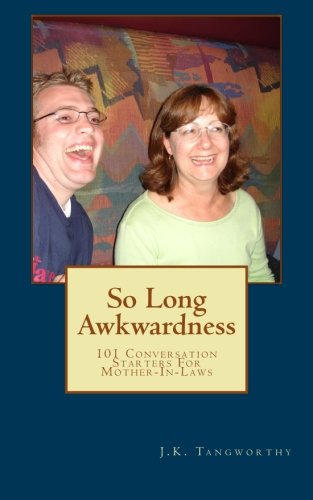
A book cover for So Long Awkwardness: 101 Conversation Starters For Mother-In-Laws (Volume 1); J.K. Tangworthy; Parenting & Relationships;